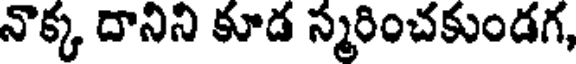
నొక్క దానిని కూడ స్మరించకుండగ,